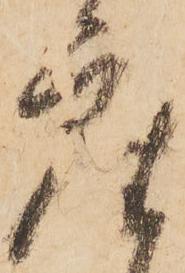
座